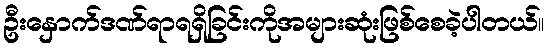
ဦးနှောက်ဒဏ်ရာရရှိခြင်းကိုအများဆုံးဖြစ်စေခဲ့ပါတယ်။